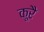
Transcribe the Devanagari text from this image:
कूरै